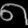
Digit: ၈